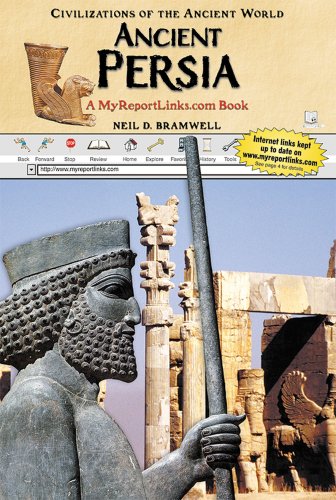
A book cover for Ancient Persia (Civilizations of the Ancient World); Neil D., Neil Bramwell; Children's Books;